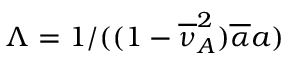
\Lambda = 1 / ( ( 1 - \overline { { \nu } } _ { A } ^ { 2 } ) \overline { { \alpha } } a )